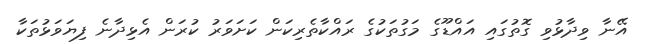
އޭނާ ވިދާޅުވި ގޮތުގައި އައްޑޫގެ މަގުތަކުގެ ރައްކާތެރިކަން ކަށަވަރު ކުރަން އެޅިދާނެ ފިޔަވަޅުތަކާ